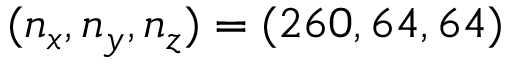
( n _ { x } , n _ { y } , n _ { z } ) = ( 2 6 0 , 6 4 , 6 4 )